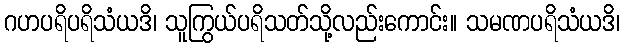
ဂဟပရိပရိသံယဒိ၊ သူကြွယ်ပရိသတ်သို့လည်းကောင်း။ သမဏပရိသံယဒိ၊